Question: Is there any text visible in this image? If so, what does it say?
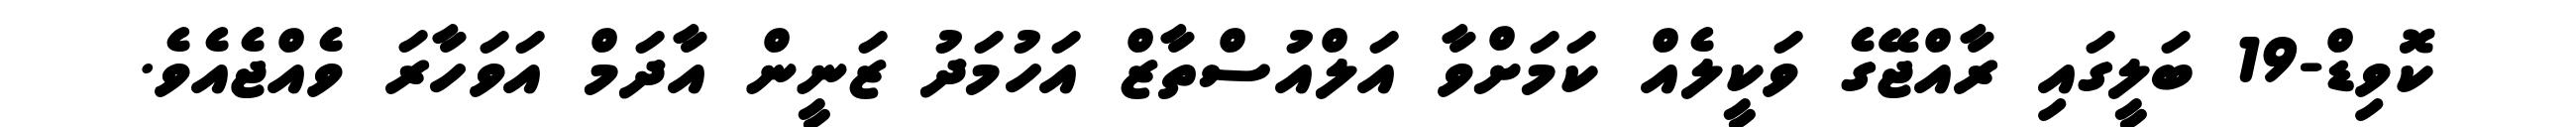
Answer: ކޮވިޑް-19 ބަލީގައި ރާއްޖޭގެ ވަކީލެއް ކަމަށްވާ އަލްއުސްތާޒް އަހުމަދު ޒަނީން އާދަމް އަވަހާރަ ވެއްޖެއެވެ.